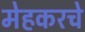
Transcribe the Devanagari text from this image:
मेहकरचे